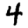
Digit: 4